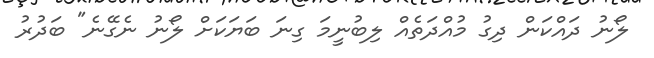
ލޯނު ދައްކަން ދިގު މުއްދަތެއް ލިބުނީމަ ގިނަ ބަޔަކަށް ލޯނު ނެގޭނެ" ބަދުރު